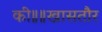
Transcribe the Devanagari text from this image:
की॥॥खासतौर